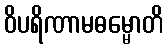
ဝိပရိဏာမဓမ္မောတိ